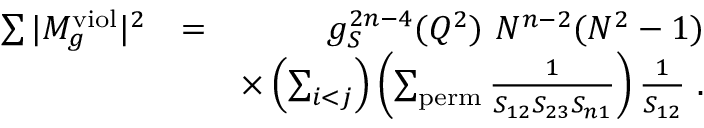
\begin{array} { r l r } { \sum \vert M _ { g } ^ { \mathrm { v i o l } } \vert ^ { 2 } } & { = } & { g _ { S } ^ { 2 n - 4 } ( Q ^ { 2 } ) ~ N ^ { n - 2 } ( N ^ { 2 } - 1 ) } \\ & { } & { \times \left( \sum _ { i < j } \right) \left( \sum _ { \mathrm { p e r m } } \frac { 1 } { S _ { 1 2 } S _ { 2 3 } S _ { n 1 } } \right) \frac { 1 } { S _ { 1 2 } } ~ . } \end{array}